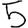
Digit: 5